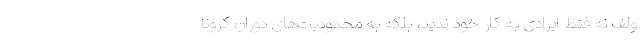
ولف نه فقط ایرادی به کار خود ندید، بلکه به محدودیت‌های دوران کرونا